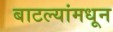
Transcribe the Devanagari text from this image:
बाटल्यांमधून